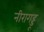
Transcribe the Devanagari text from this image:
नीरागड्डू